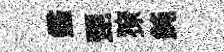
鑑琵獠鈍